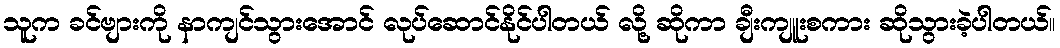
သူက ခင်ဗျားကို နာကျင်သွားအောင် လုပ်ဆောင်နိုင်ပါတယ် လို့ ဆိုကာ ချီးကျူးစကား ဆိုသွားခဲ့ပါတယ်။